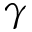
\gamma